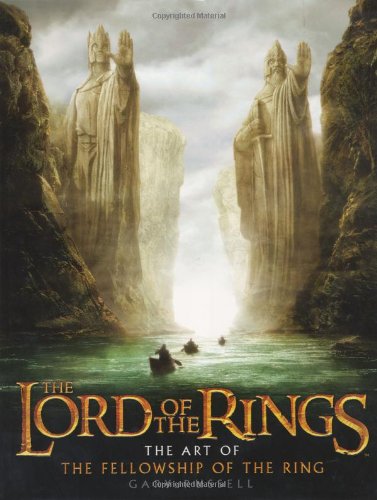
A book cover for The Art of The Fellowship of the Ring (The Lord of the Rings); Gary Russell; Humor & Entertainment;